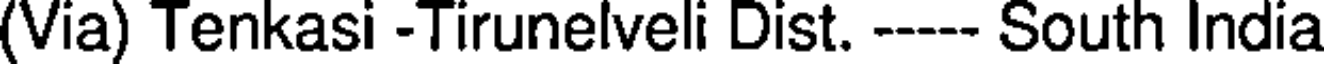
(Via) Tenkasi -Tirunelveli Dist. ----- South India